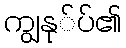
ကျွနု်ပ်၏